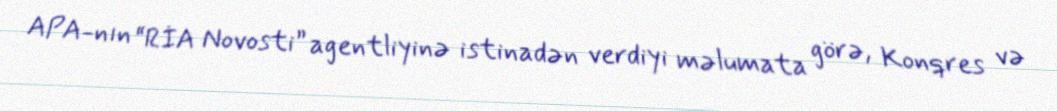
APA-nın “RİA Novosti” agentliyinə istinadən verdiyi məlumata görə, Konqres və